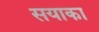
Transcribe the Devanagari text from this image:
सयाका